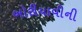
બોરીયાવીની